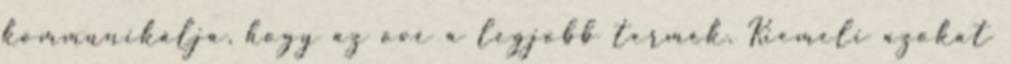
kommunikálja, hogy az övé a legjobb termék. Kiemeli azokat